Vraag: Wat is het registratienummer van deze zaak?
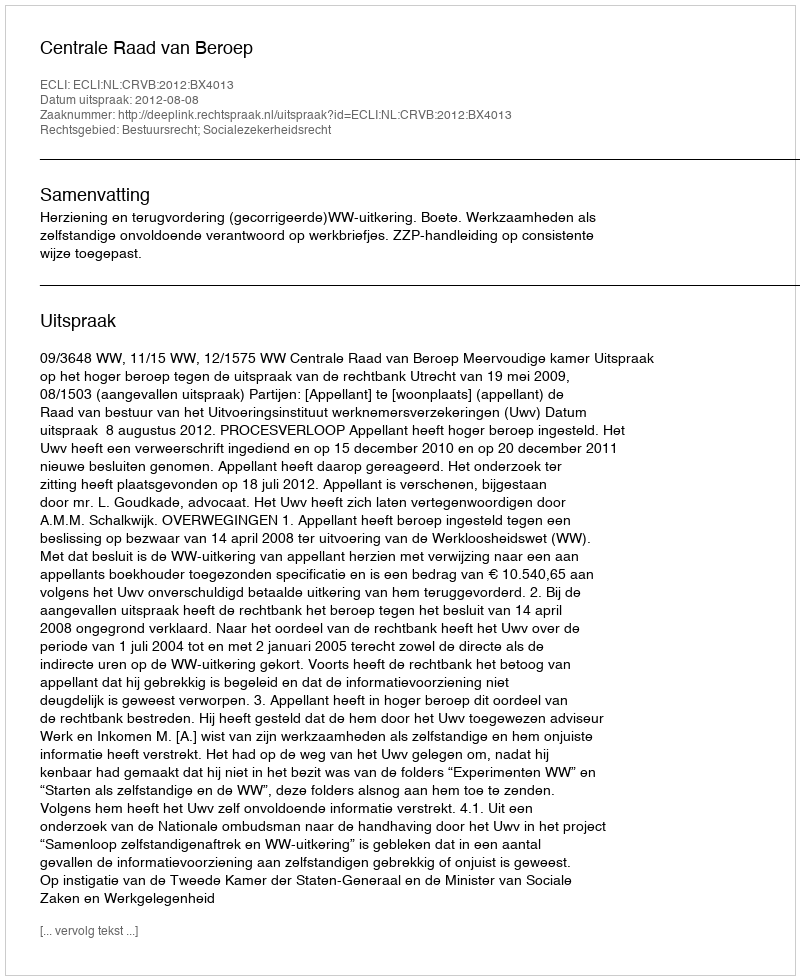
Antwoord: http://deeplink.rechtspraak.nl/uitspraak?id=ECLI:NL:CRVB:2012:BX4013